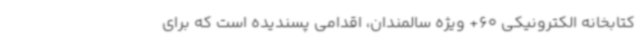
کتابخانه الکترونیکی 60+ ویژه سالمندان، اقدامی پسندیده است که برای